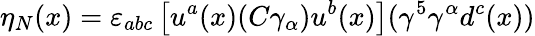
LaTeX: \eta_{N}(x)=\varepsilon_{abc}\left[u^{a}(x)(C\gamma_{\alpha})u^{b}(x)\right](\gamma^{5}\gamma^{\alpha}d^{c}(x))